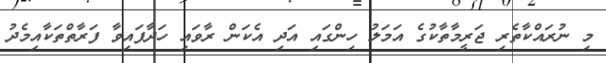
މި ނުރައްކާތެރި ޖަރީމާތާކުގެ އަމަލު ހިންގައި އަދި އެކަން ރާވައި ހަދާފައިވާ ފަރާތްތަކާއިމެދު